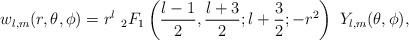
LaTeX: \begin{align*}w_{l,m}(r,\theta,\phi) = r^l\ _2F_1\left({l-1\over 2},{l+3\over 2};l+{3\over 2}; -r^2\right)\ Y_{l,m}(\theta,\phi),\end{align*}